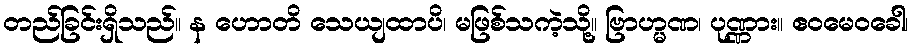
တည်ခြင်းရှိသည်။ န ဟောတိ သေယျထာပိ၊ မဖြစ်သကဲ့သို့။ ဗြာဟ္မဏ၊ ပုဏ္ဏား။ ဧဝမေဝခေါ၊